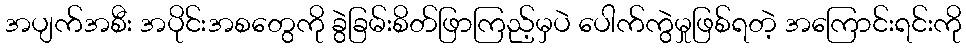
အပျက်အစီး အပိုင်းအစတွေကို ခွဲခြမ်းစိတ်ဖြာကြည့်မှပဲ ပေါက်ကွဲမှုဖြစ်ရတဲ့ အကြောင်းရင်းကို